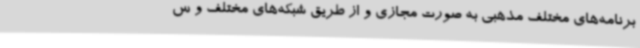
برنامه‌های مختلف مذهبی به صورت مجازی و از طریق شبکه‌های مختلف و س